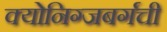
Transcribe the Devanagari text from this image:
क्योनिग्जबर्गची